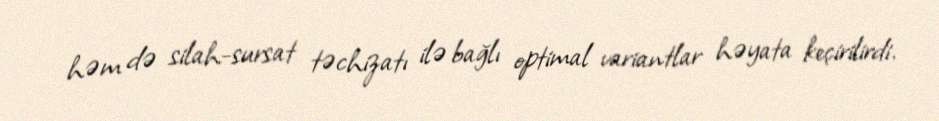
həm də silah-sursat təchizatı ilə bağlı optimal variantlar həyata keçirilirdi.